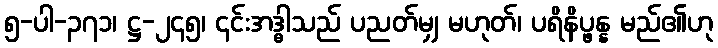
၅-ပါ-၃၇၁၊ ဋ္ဌ-၂၄၅၊ ၎င်းအဒ္ဓါသည် ပညတ်မျှ မဟုတ်၊ ပရိနိပ္ဖန္န မည်၏ဟု